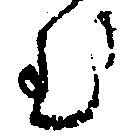
む